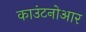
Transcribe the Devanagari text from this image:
काउंटनोआर